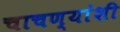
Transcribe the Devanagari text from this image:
चाचण्यांशी